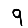
Digit: 9